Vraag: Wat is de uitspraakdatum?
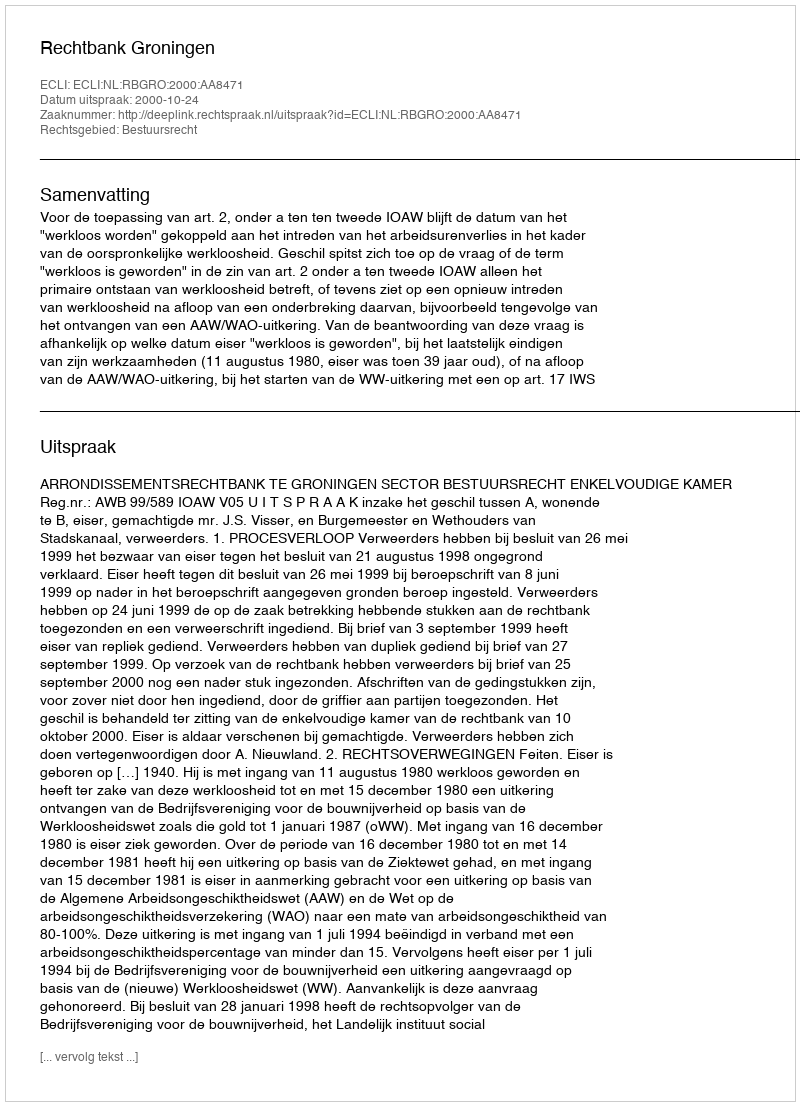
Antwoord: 2000-10-24